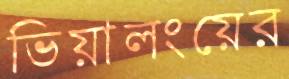
ভিয়ালংয়ের